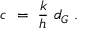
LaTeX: c \ = \ { \frac { k } { h } } \ d _ { G } \ .